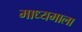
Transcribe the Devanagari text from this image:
माध्यमाला